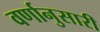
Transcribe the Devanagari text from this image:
वर्णानुसारी